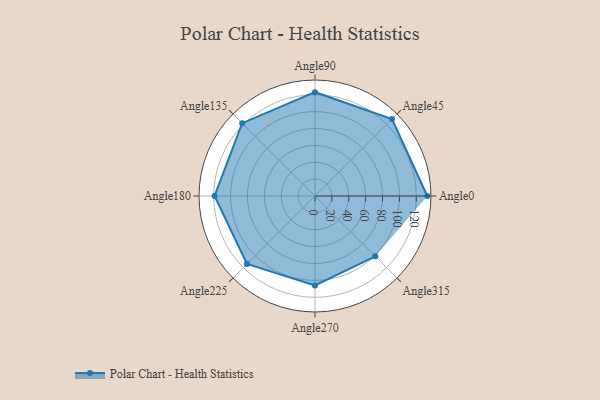
{"axis": {"x": "Angle", "y": "Radius"}, "legend": [""], "data": [{"x": "Angle0", "y": 133.0, "type": ""}, {"x": "Angle45", "y": 129.0, "type": ""}, {"x": "Angle90", "y": 123.0, "type": ""}, {"x": "Angle135", "y": 122.0, "type": ""}, {"x": "Angle180", "y": 119.0, "type": ""}, {"x": "Angle225", "y": 114.0, "type": ""}, {"x": "Angle270", "y": 106.0, "type": ""}, {"x": "Angle315", "y": 101.0, "type": ""}]}